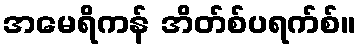
အမေရိကန် အိတ်စ်ပရက်စ်။